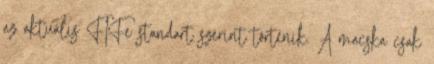
az aktuális FIFe standart szerint történik. A macska csak